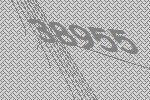
38955